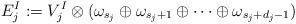
LaTeX: \begin{align*} E_j^I : = V_j^I \otimes (\omega_{s_j} \oplus \omega_{ s_j +1}\oplus \cdots \oplus \omega_{s_j + d_j -1}) \end{align*}